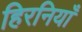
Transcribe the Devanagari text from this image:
हिरनियाँ